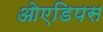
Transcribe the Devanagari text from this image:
ओएडिपस